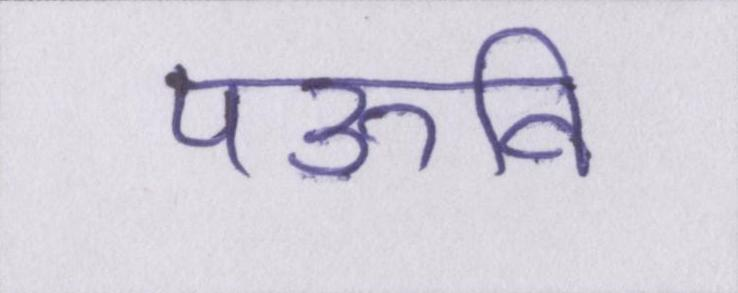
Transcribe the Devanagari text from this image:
पऊवि